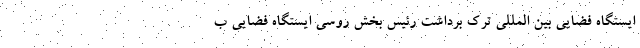
ایستگاه فضایی بین المللی ترک برداشت رئیس بخش روسی ایستگاه فضایی ب